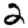
Digit: 2